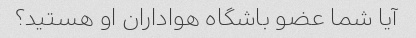
آیا شما عضو باشگاه هواداران او هستید؟